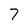
Character: 7